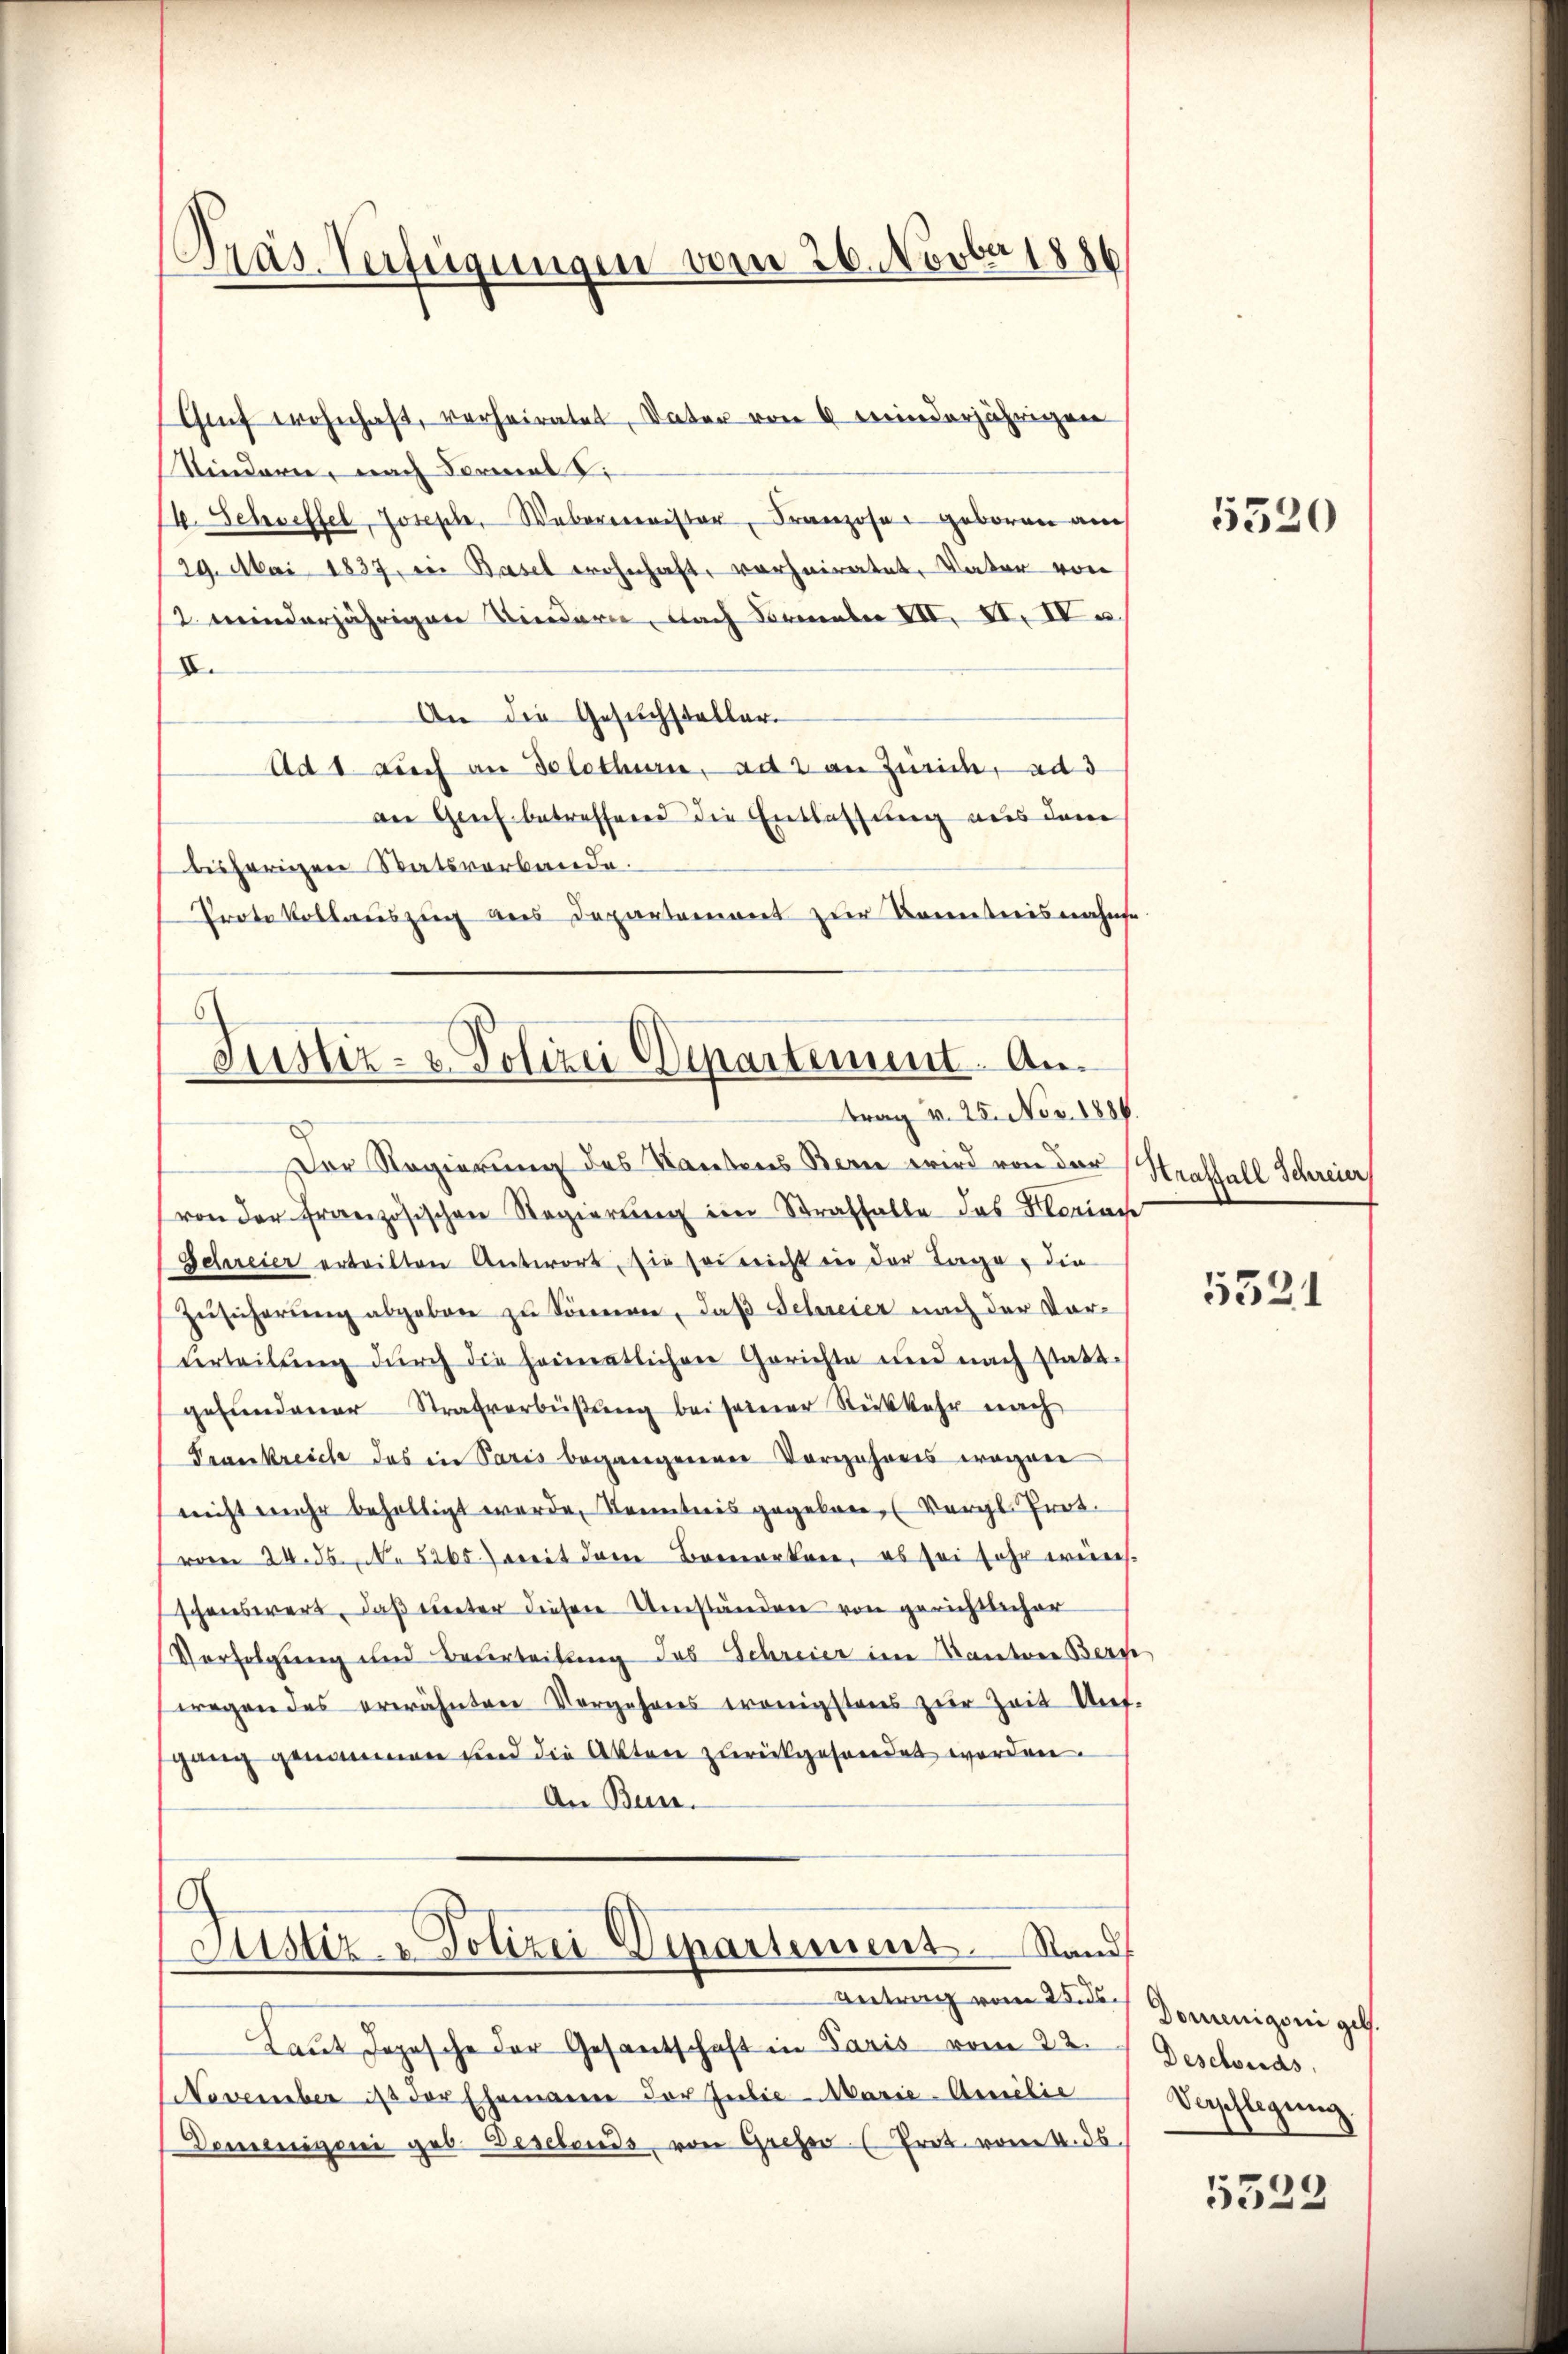
Präs. Verfügungen vom 26. Novber 1886

Grf wohnhaft, verheiratet, Vater von 6 minderjährigen
Kindern, nach Formal
14. Schreffel, Joseph Weberminister, Franzosen geboren auc
29. Mai 1837, der Basel wohnhaft vorheiratet, Vater von
12 minderjährigen Kindern, nach Formeln III. II. IV a
X.
An die Gesuchsteller.
Ad 1 auch an Solothurn, ad 2 an Zürich, ad d
an Genf betreffend die Entlassung aus dem
bisherigen Statsverbande.
Protokollauszug aus Departement zur Kenntnisnahms
Justiz- & Polizei Departement. An¬

trag v. 25. Nov. 1886.

Der Regierung des Kantons Bern wird von der
von der Französischen Regierung im Straffalle das Flaach
Schreier erteilten Antwort, sie sei nicht in der Tage, die
Zŭsicherŭng abgeben zu können, daß Schreier nach der Vorvrteilŭng dŭrch die heimatlichen Gerichte und nach statt-
gefundener Strafverbüßung bei seiner Rückkehr nach
Frankreiche das in Paris begangererer Vorwahrens wegen
nicht mehr behaltigt werde, Kenntnis gegeben. (Vergl. Prot.
woren 24. 8. No 5265. Damit der Bemerken, es sei sehr eines
schenswert, daß unter diesen Umständen von gerichtlicher
Verfolgung und Beurteilung das Schreier in Kantore Bern
wegen des erwähnten Vorgehrers wenigstens zur Zeit Unf-
sgang genommen und die Akten zurückgesandet worden.
An Bun

G
Justiz- & Polizei Departement. Stand

Betrag vom 25. ds.
Laut Jopische der Gesantschaft in Paris vom 22.
NNovember ist der Ehemanne der Jubie-Marie-Amilie
Demenizoni geb. Desebends von Greser (Trat vom 4. ds

5520

Straffall Schreier

5521

Domenigoni geb.
Deschweids,
Verpflegung

5529